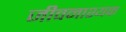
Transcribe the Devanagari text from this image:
जीवनाश्यक